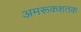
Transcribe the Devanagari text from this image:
अमरूकशतक